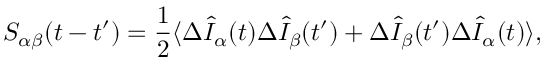
S _ { \alpha \beta } ( t - t ^ { \prime } ) = \frac { 1 } { 2 } \langle \Delta \hat { I } _ { \alpha } ( t ) \Delta \hat { I } _ { \beta } ( t ^ { \prime } ) + \Delta \hat { I } _ { \beta } ( t ^ { \prime } ) \Delta \hat { I } _ { \alpha } ( t ) \rangle ,